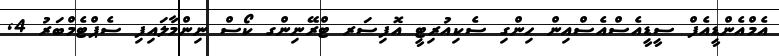
އެމްއެންޑީއެފް ސީޑީއެސްއެސްއިން ހިންގި ސެކިއުރިޓީ އޮފިސަރ ޓްރޭނިންގ ކޯސް ނިންމާލައިފި ސެޕްޓެމްބަރު 4